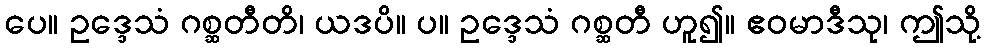
ပေ။ ဥဒ္ဒေသံ ဂစ္ဆတီတိ၊ ယဒပိ။ ပ။ ဥဒ္ဒေသံ ဂစ္ဆတီ ဟူ၍။ ဧဝမာဒီသု၊ ဤသို့